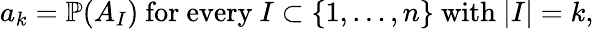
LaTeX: a_{k}=\mathbb{P}(A_{I}){\mathrm{~for~every~}}I\subset\{ 1,\ldots,n\} {\mathrm{~with~}}|I|=k,